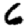
Digit: 6